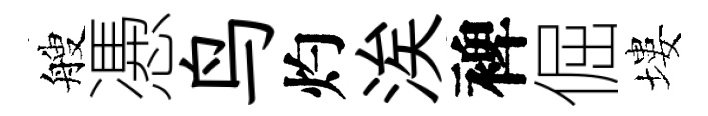
艘慿鸟灼涘裨倔塿